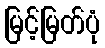
မြင့်မြတ်ပုံ